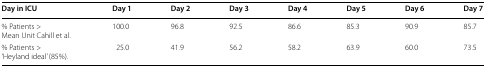
<table><thead><tr><td><b>Day in ICU</b></td><td><b>Day 1</b></td><td><b>Day 2</b></td><td><b>Day 3</b></td><td><b>Day 4</b></td><td><b>Day 5</b></td><td><b>Day 6</b></td><td><b>Day 7</b></td></tr></thead><tbody><tr><td>% Patients &gt;Mean Unit Cahill et al.</td><td>100.0</td><td>96.8</td><td>92.5</td><td>86.6</td><td>85.3</td><td>90.9</td><td>85.7</td></tr><tr><td>% Patients &gt;‘Heyland ideal’ (85%).</td><td>25.0</td><td>41.9</td><td>56.2</td><td>58.2</td><td>63.9</td><td>60.0</td><td>73.5</td></tr></tbody></table>